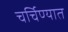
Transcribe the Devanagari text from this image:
चर्चिण्यात